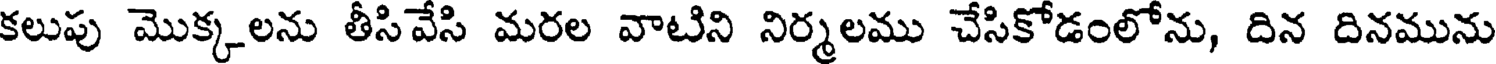
కలుపు మొక్కలను తీసివేసి మరల వాటిని నిర్మలము చేసికోడంలోను, దిన దినమును